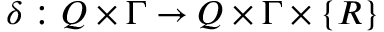
\delta : Q \times \Gamma \rightarrow Q \times \Gamma \times \{ R \}